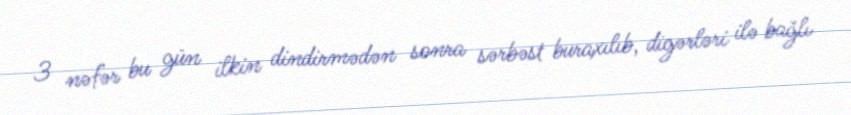
3 nəfər bu gün ilkin dindirmədən sonra sərbəst buraxılıb, digərləri ilə bağlı